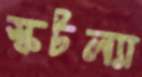
স্কটল্যা